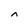
Character: n